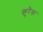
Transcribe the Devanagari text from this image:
कुरैक